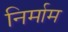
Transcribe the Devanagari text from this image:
निर्माम